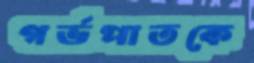
গর্ভপাতকে